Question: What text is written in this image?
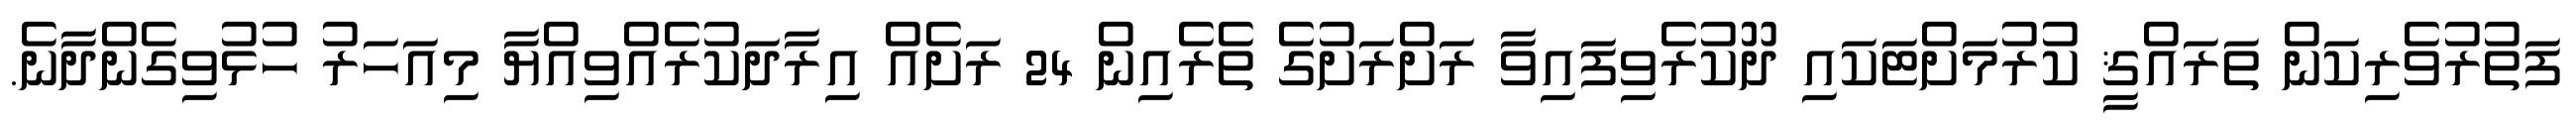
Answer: ފަތުރުވެރިކަން ތަރައްޤީ ކުރުމަށްޓަކައި ދޫކުރެވިފައިވާ ރަށްރަށުގެ ތެރެއިން 24 ރަށެއް އިރާދަކުރެއްވިއްޔާ މިއަހަރު ހުޅުވިގެންދާނެ.